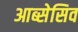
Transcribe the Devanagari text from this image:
आब्सेसिव